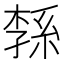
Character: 𦁝